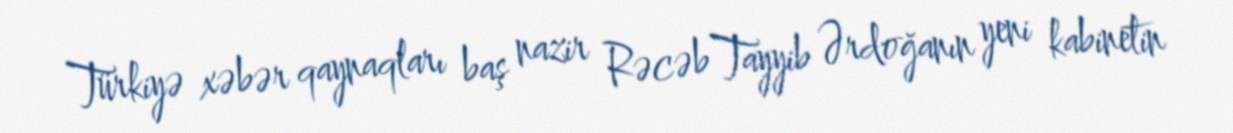
Türkiyə xəbər qaynaqları baş nazir Rəcəb Tayyib Ərdoğanın yeni kabinetin